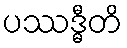
ပဿဒ္ဓီတိ